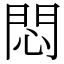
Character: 悶